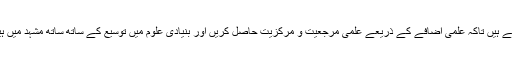
انہوں نے بتایا: پختہ ارادے رکھتے ہیں تاکہ علمی اضافے کے ذریعے علمی مرجعیت و مرکزیت حاصل کریں اور بنیادی علوم میں توسیع کے ساتھ ساتھ مشہد میں ہیلتھ سینٹرپر بھی توجہ دی جائے۔